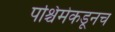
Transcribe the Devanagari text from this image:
पश्चिमेकडूनच